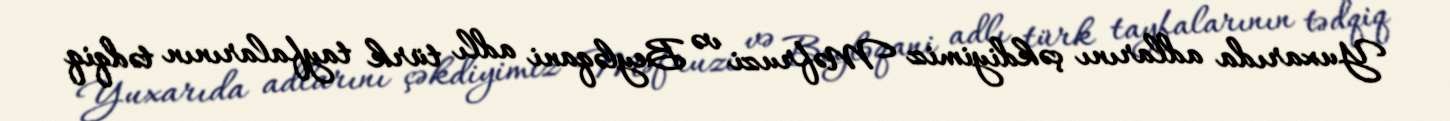
Yuxarıda adlarını çəkdiyimiz Məfruzi və Beyləqani adlı türk tayfalarının tədqiq